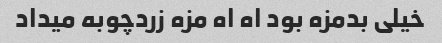
خیلی بدمزه بود اه اه مزه زردچوبه میداد